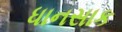
ધાનસાક